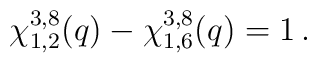
\chi_{1,2}^{3,8}(q) - \chi_{1,6}^{3,8}(q) = 1 \, .